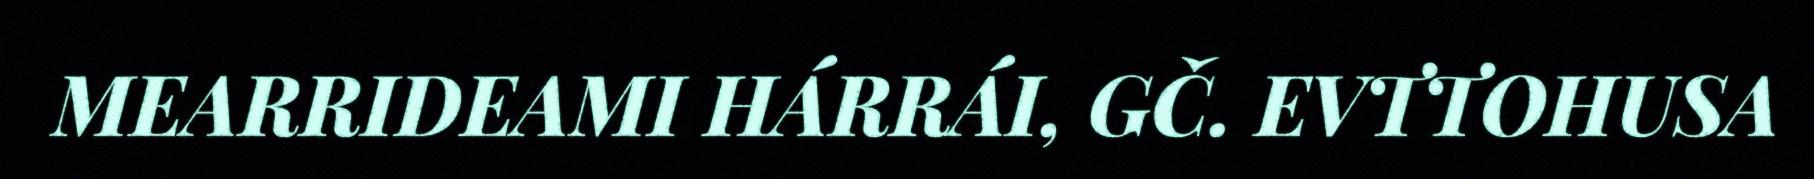
MEARRIDEAMI HÁRRÁI, GČ. EVTTOHUSA